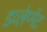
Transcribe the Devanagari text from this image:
डव्लेप्मेंट